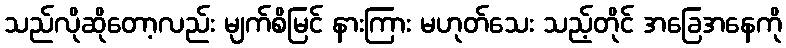
သည်လိုဆိုတော့လည်း မျက်စိမြင် နားကြား မဟုတ်သေး သည့်တိုင် အခြေအနေကို